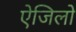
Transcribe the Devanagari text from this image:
ऐजिलो